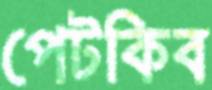
পেটকিব